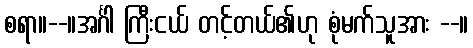
စရာ။--။အင်္ဂါ ကြီးငယ် တင့်တယ်၏ဟု စုံမက်သူအား --။